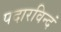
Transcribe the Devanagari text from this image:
पदारविन्दं